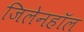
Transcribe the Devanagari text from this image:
जिलेनहॉल